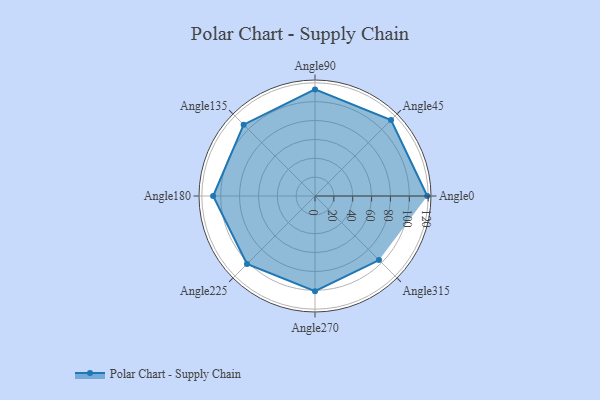
{"axis": {"x": "Angle", "y": "Radius"}, "legend": [""], "data": [{"x": "Angle0", "y": 119.0, "type": ""}, {"x": "Angle45", "y": 114.0, "type": ""}, {"x": "Angle90", "y": 113.0, "type": ""}, {"x": "Angle135", "y": 107.0, "type": ""}, {"x": "Angle180", "y": 108.0, "type": ""}, {"x": "Angle225", "y": 102.0, "type": ""}, {"x": "Angle270", "y": 101.0, "type": ""}, {"x": "Angle315", "y": 96.0, "type": ""}]}